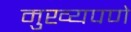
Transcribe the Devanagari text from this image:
मुख्यपणे